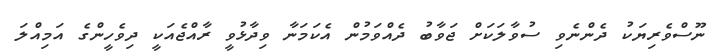
ނޫސްވެރިޔަކު ދެންނެވި ސުވާލަކަށް ޖަވާބު ދެއްވަމުން އެކަމަނާ ވިދާޅުވީ ރާއްޖެއަކީ ދިވެހީންގެ އަމިއްލަ